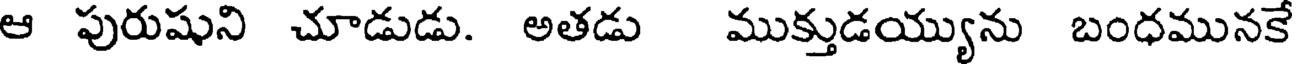
ఆ పురుషుని చూడుడు. అతడు ముక్తుడయ్యును బంధమునకే